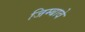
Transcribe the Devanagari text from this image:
जिम्बावे